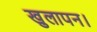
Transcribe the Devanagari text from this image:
खुलापन।